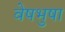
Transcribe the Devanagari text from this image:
वेषभुषा